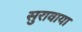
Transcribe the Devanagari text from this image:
सुरावाया